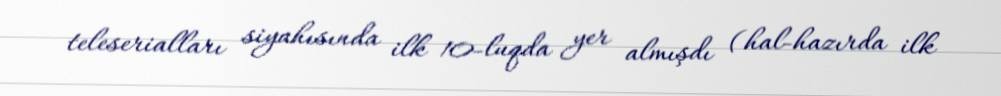
teleserialları siyahısında ilk 10-luqda yer almışdı (hal-hazırda ilk